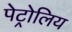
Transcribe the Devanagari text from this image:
पेट्रोलिय